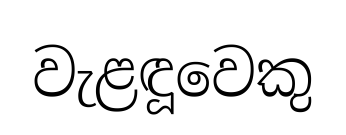
වැළඳූවෙකු